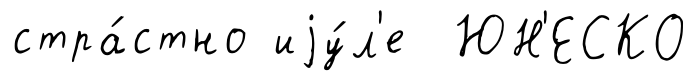
стра́стно иjу́л'е ЮН'ЕСКО